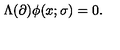
\Lambda ( \partial ) \phi ( x ; \sigma ) = 0 .